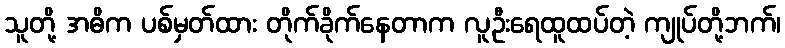
သူတို့ အဓိက ပစ်မှတ်ထား တိုက်ခိုက်နေတာက လူဦးရေထူထပ်တဲ့ ကျုပ်တို့ဘက်၊